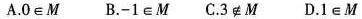
A.0∈M B.-1∈M C.3∉M D.1∈M